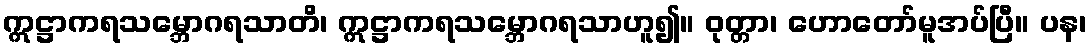
ဣဋ္ဌာကရသမ္ဘောဂရသာတိ၊ ဣဋ္ဌာကရသမ္ဘောဂရသာဟူ၍။ ဝုတ္တာ၊ ဟောတော်မူအပ်ပြီ။ ပန၊